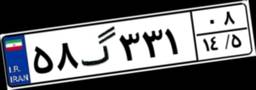
۶۰گ۹۱۰۵۲